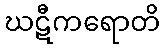
ဃဋီကရောတိ